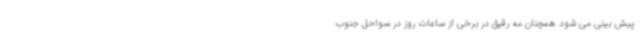
پیش بینی می شود همچنان مه رقیق در برخی از ساعات روز در سواحل جنوب